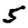
Digit: 5